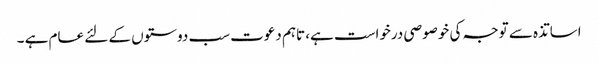
اساتذہ سے توجہ کی خوصوصی درخواست ہے، تاہم دعوت سب دوستوں کے لئے عام ہے ۔